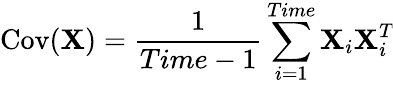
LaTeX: \operatorname{Cov}(\mathbf{X})=\frac{1}{Time-1}\sum_{i=1}^{Time}\mathbf{X}_{i}\mathbf{X}_{i}^{\textit{T}}